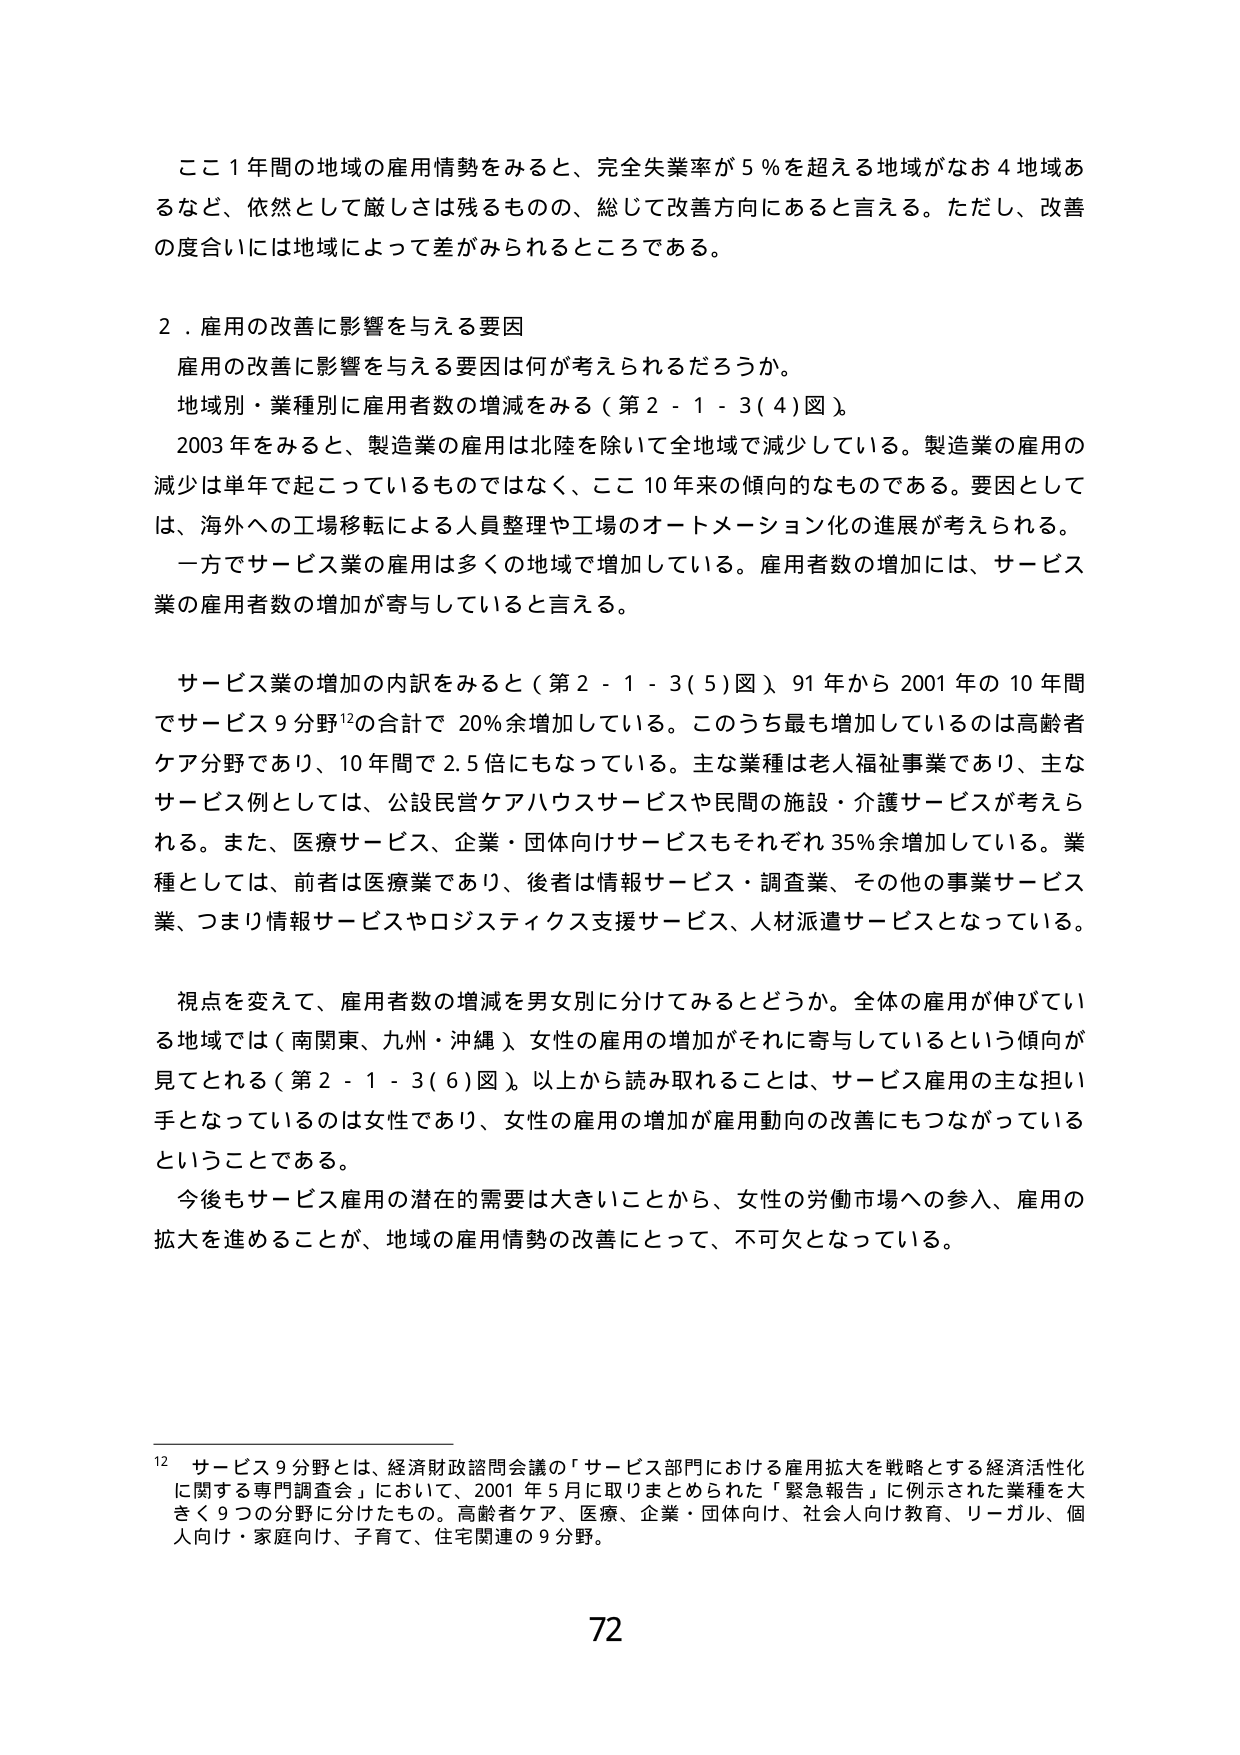
ここ１年間の地域の雇用情勢をみると、完全失業率が５％を超える地域がなお４地域あるなど、依然として厳しさは残るものので、総じて改善方向にあると言える。ただし、改善の度合いには地域によって差がみられるところである。

２．雇用の改善に影響を与える要因
雇用の改善に影響を与える要因は何が考えられるだろうか。
地域別・業種別に雇用者数の増減をみる（第２－１－３(４)図）。
2003年をみると、製造業の雇用は北陸を除いて全地域で減少している。製造業の雇用の減少は単年で起こっているものではなく、ここ10年来の傾向的なものである。要因としては、海外への工場移転による人員整理や工場のオートメーション化の進展が考えられる。
一方でサービス業の雇用は多くの地域で増加している。雇用者数の増加には、サービス業の雇用者数の増加が寄与していると言える。

サービス業の増加の内訳をみると（第２－１－３(５)図）、91年から2001年の10年間でサービス9分野¹²の合計で20％余増加している。このうち最も増加しているのは高齢者ケア分野であり、10年間で2.5倍にもなっている。主な業種は老人福祉事業であり、主なサービス例としては、公設民営ケアハウスサービスや民間の施設・介護サービスが考えられる。また、医療サービス、企業・団体向けサービスもそれぞれ35％余増加している。業種としては、前者は医療業であり、後者は情報サービス・調査業、その他の事業サービス業、つまり情報サービスやロジスティクス支援サービス、人材派遣サービスとなっている。

視点を変えて、雇用者数の増減を男女別に分けてみるとうか。全体の雇用が伸びている地域では（南関東、九州・沖縄）、女性の雇用の増加がそれに寄与しているという傾向が見ととれる（第２－１－３(６)図）。以上から読み取れることは、サービス雇用の主な担い手となっているのは女性であり、女性の雇用の増加が雇用動向の改善にもつながっているということである。
今後もサービス雇用の潜在的需要は大きいことから、女性の労働市場への参入、雇用の拡大を進めることが、地域の雇用情勢の改善にとって、不可欠となっている。

¹² サービス9分野とは、経済財政諮問会議の「サービス部門における雇用拡大を戦略とする経済活性化に関する専門調査会」において、2001年5月に取りまとめられた「緊急報告」に例示された業種を大きく9つの分野に分けたもの。高齢者ケア、医療、企業・団体向け、社会人向け教育、リーガル、個人向け・家庭向け、子育て、住宅関連の9分野。

72